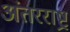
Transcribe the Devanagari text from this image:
अंतरराष्ट्र